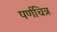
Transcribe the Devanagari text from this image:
पर्णचित्र